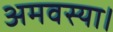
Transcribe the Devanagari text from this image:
अमवस्या।